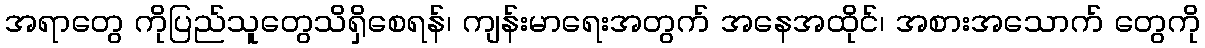
အရာတွေ ကိုပြည်သူတွေသိရှိစေရန်၊ ကျန်းမာရေးအတွက် အနေအထိုင်၊ အစားအသောက် တွေကို